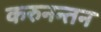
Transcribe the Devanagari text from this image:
करुनन्तन